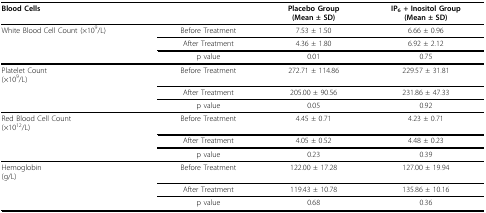
<table><thead><tr><td><b>Blood Cells</b></td><td></td><td><b>Placebo Group(Mean ± SD)</b></td><td><b>IP<sub>6 </sub>+ Inositol Group(Mean ± SD)</b></td></tr></thead><tbody><tr><td>White Blood Cell Count (×10<sup>9</sup>/L)</td><td>Before Treatment</td><td>7.53 ± 1.50</td><td>6.66 ± 0.96</td></tr><tr><td></td><td>After Treatment</td><td>4.36 ± 1.80</td><td>6.92 ± 2.12</td></tr><tr><td></td><td>p value</td><td>0.01</td><td>0.75</td></tr><tr><td>Platelet Count(×10<sup>9</sup>/L)</td><td>Before Treatment</td><td>272.71 ± 114.86</td><td>229.57 ± 31.81</td></tr><tr><td></td><td>After Treatment</td><td>205.00 ± 90.56</td><td>231.86 ± 47.33</td></tr><tr><td></td><td>p value</td><td>0.05</td><td>0.92</td></tr><tr><td>Red Blood Cell Count(×10<sup>12</sup>/L)</td><td>Before Treatment</td><td>4.45 ± 0.71</td><td>4.23 ± 0.71</td></tr><tr><td></td><td>After Treatment</td><td>4.05 ± 0.52</td><td>4.48 ± 0.23</td></tr><tr><td></td><td>p value</td><td>0.23</td><td>0.39</td></tr><tr><td>Hemoglobin(g/L)</td><td>Before Treatment</td><td>122.00 ± 17.28</td><td>127.00 ± 19.94</td></tr><tr><td></td><td>After Treatment</td><td>119.43 ± 10.78</td><td>135.86 ± 10.16</td></tr><tr><td></td><td>p value</td><td>0.68</td><td>0.36</td></tr></tbody></table>